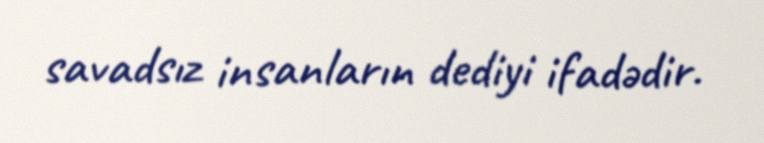
savadsız insanların dediyi ifadədir.